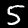
Digit: 5